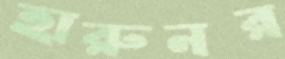
হারুনর